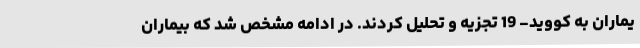
یماران به کووید- 19 تجزیه و تحلیل کردند. در ادامه مشخص شد که بیماران